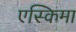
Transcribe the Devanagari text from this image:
एस्किमा